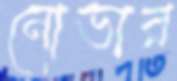
নোভার